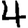
Digit: 4